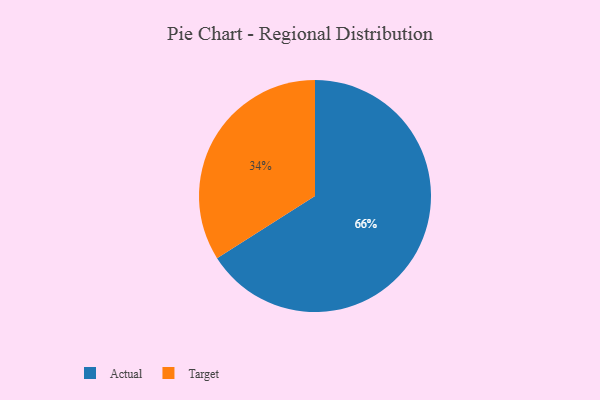
{"axis": {"x": "Category", "y": "Percentage"}, "legend": ["Actual", "Target"], "data": [{"x": "Target", "y": 34, "type": "Target"}, {"x": "Actual", "y": 66, "type": "Actual"}]}